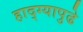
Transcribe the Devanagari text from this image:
हाद्ग्यापुढे